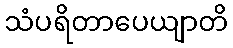
သံပရိတာပေယျာတိ